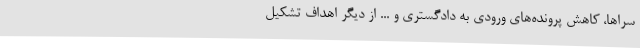
سراها، کاهش پرونده‌های ورودی به دادگستری و ... از دیگر اهداف تشکیل